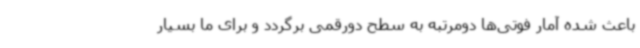
باعث شده آمار فوتی‌ها دومرتبه به سطح دورقمی برگردد و برای ما بسیار